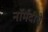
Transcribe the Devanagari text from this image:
नॉर्मंदीचे